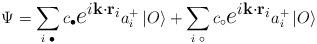
LaTeX: \begin{align*}\Psi = \sum_{i \;\bullet} c_{\bullet}\mbox{\Large $e^{i{\bf k \cdot r}_{i}}$} a_{i}^{+} \left| O \right\rangle+ \sum_{i \;\circ} c_{\circ}\mbox{\Large $e^{i{\bf k \cdot r}_{i}}$}a_{i}^{+} \left| O \right\rangle\end{align*}